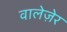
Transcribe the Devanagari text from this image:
वालेज़ेर